Ambla_Vallakohus, lk 33
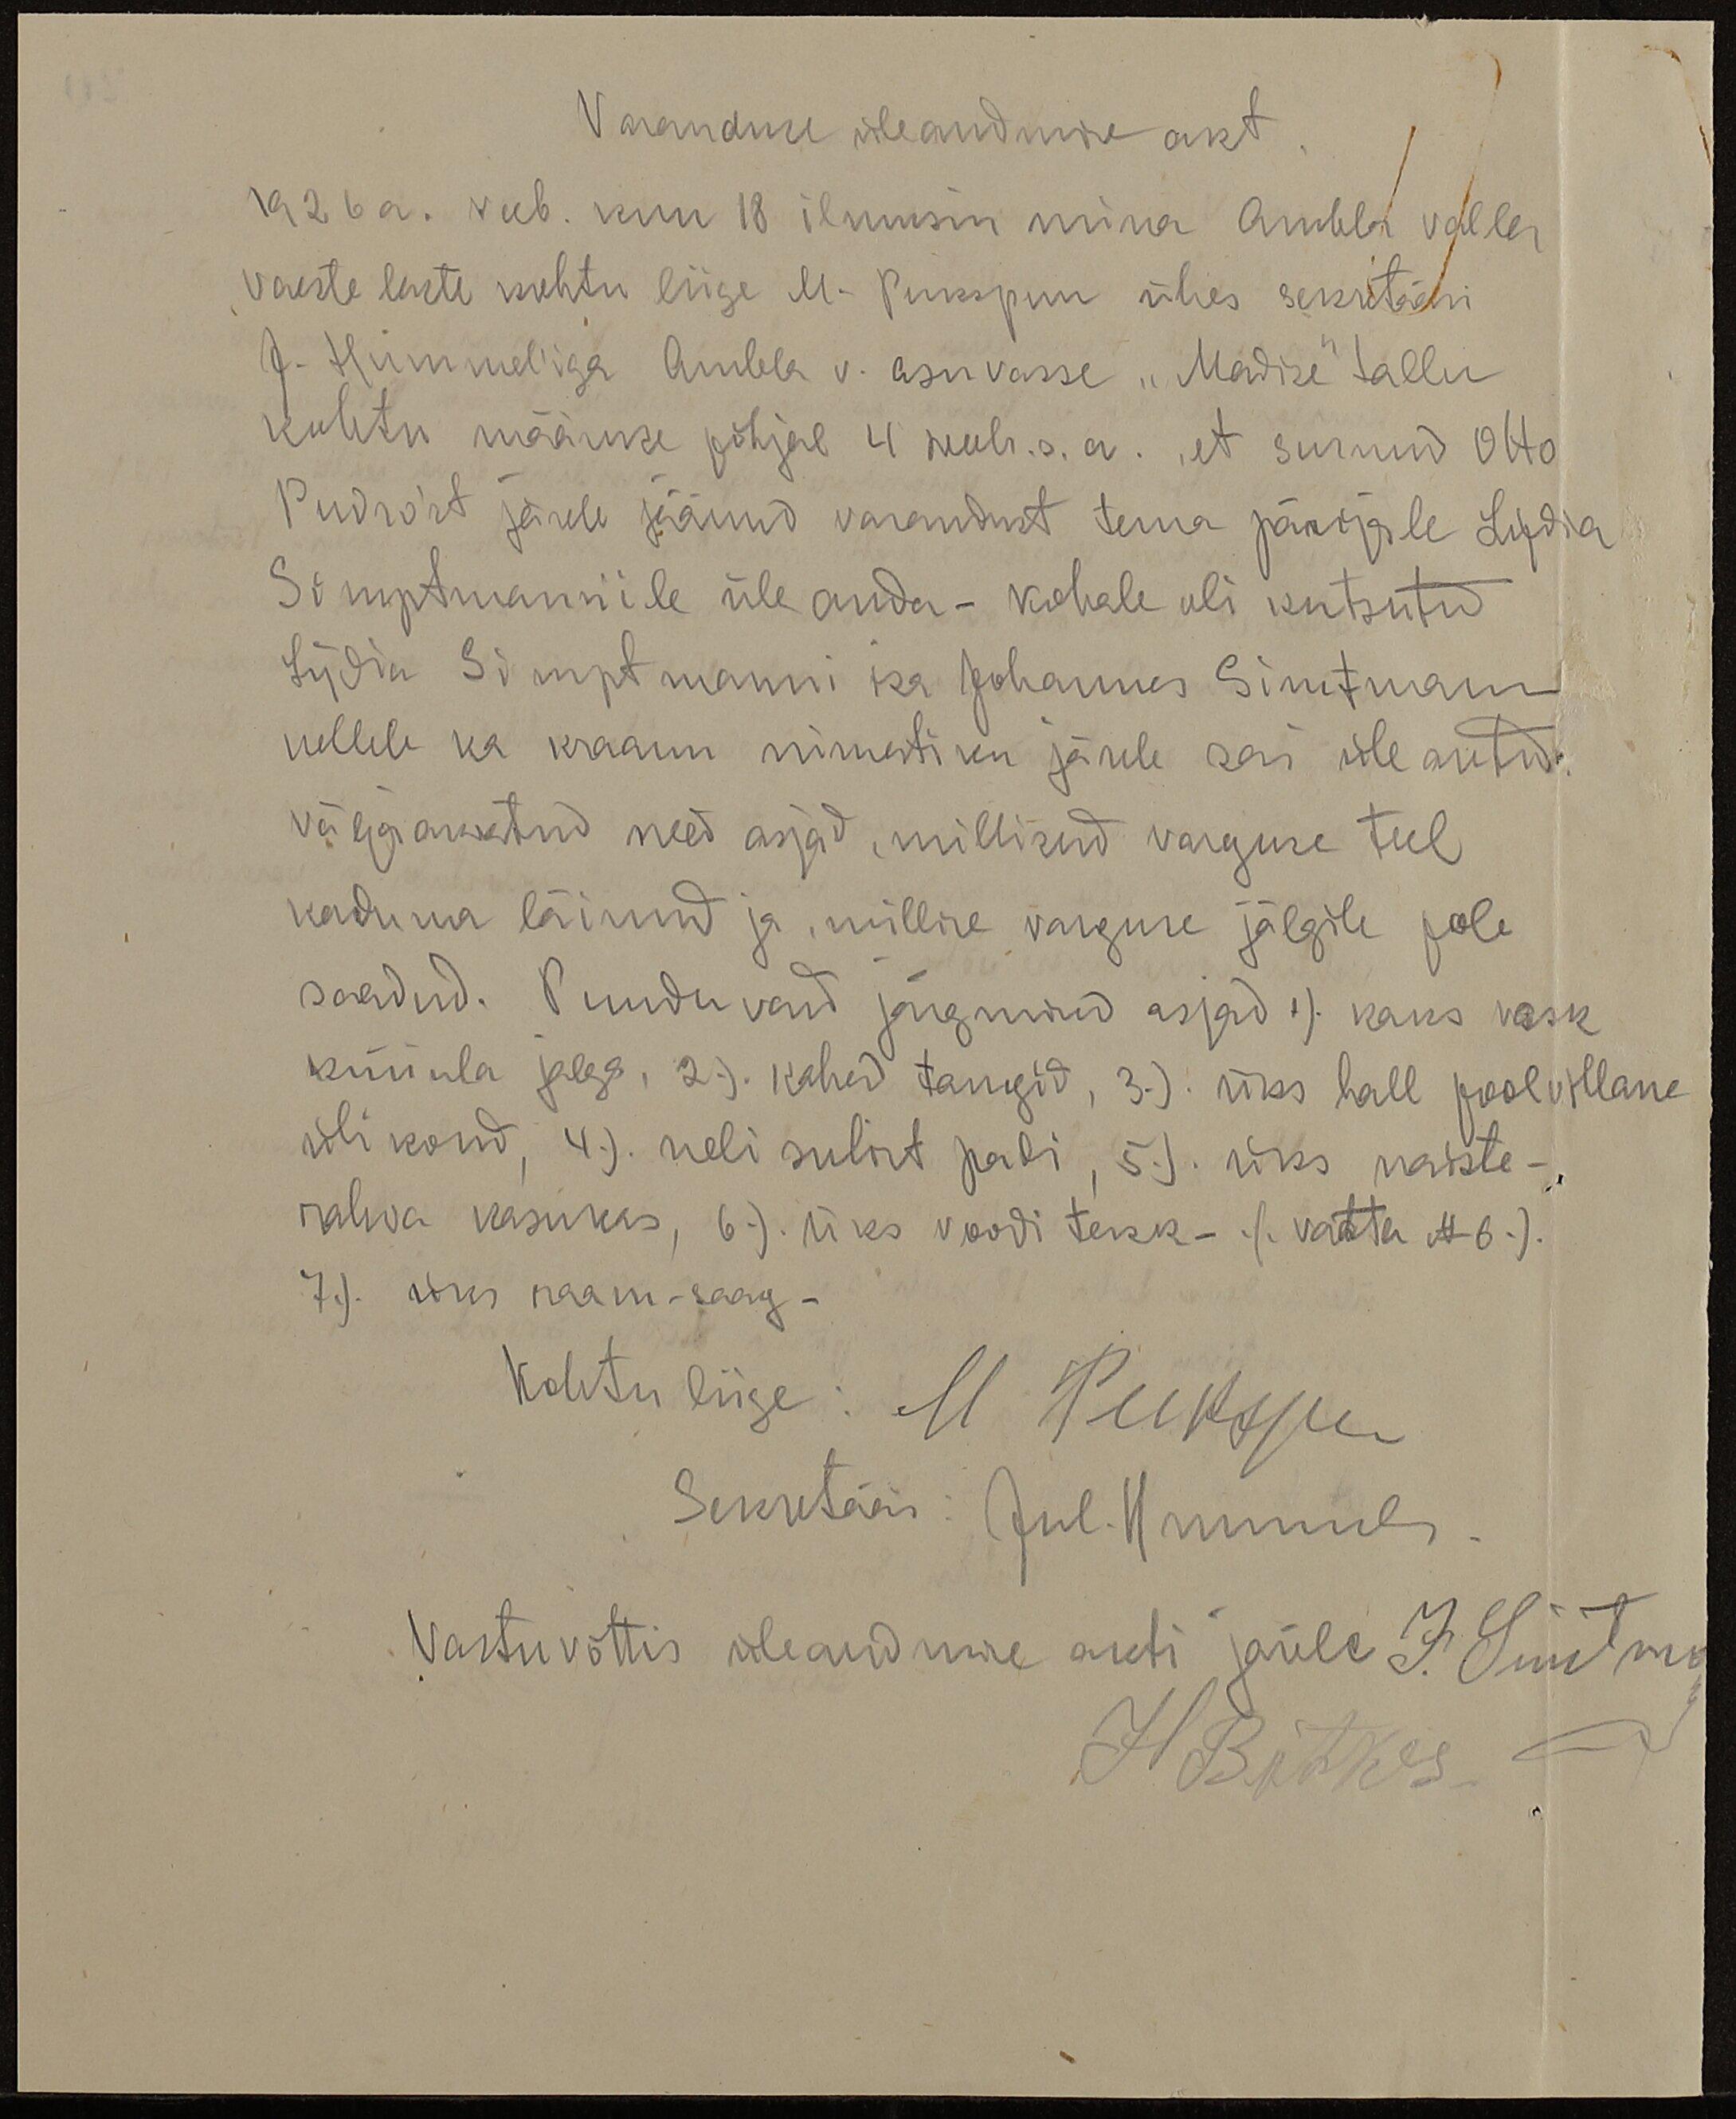
Varanduse üleandmine akt.
1926 a. veeb. kuu 18 ilmusin mina Ambla valla
vaeste laste kohtu liige M. Pukspuu ühes sekretäri
J. Himmeliga Ambla v. asuvasse "Madise" tallu
kohtu määruse põhjal 4 veebr. s. a., et surnud Otto
Pudro'st järele jäänud varandust tema pärijale Lydia
Simptmannile üle anda - kohale oli kutsutud
Lydia Simptmanni isa Johannes Simptmann
kellele ka kraami nimestiku järele sai üle antud.
välja antud need asjad, millised varguse teel
kaduma läinud ja, millise varguse jälgile pole
saadud. Puuduvad järgmised asjad 1/ kaks vask
küünla jalga, 2/ kahed tangid, 3/ üks hall pool villane
ülikond, 4/ neli sulist padi, 5/ üks naiste-
rahva kasukas, 6/ üks voodi tekk /vatta N 6/
7/ uus raam-saag -
Kohtu liige: M Pukspuu
Sekretär: Jul. Hommul.
Vastu võttis üle andmise akti järele J. Smitma
H. Bätles